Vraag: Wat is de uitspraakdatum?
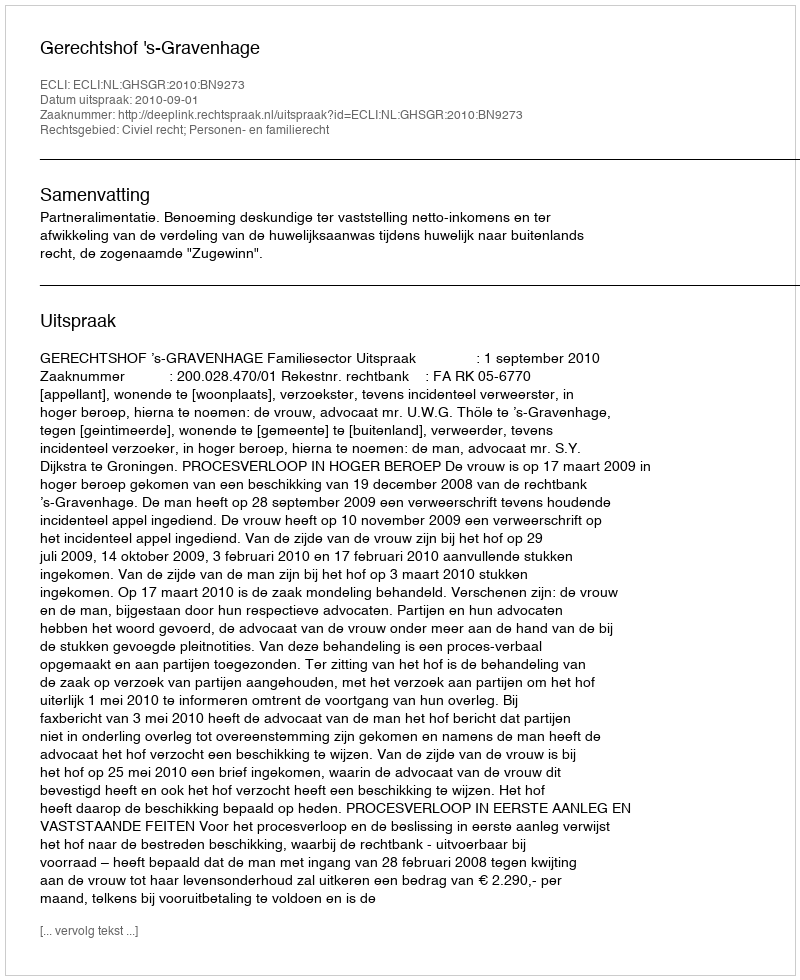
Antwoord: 2010-09-01